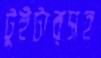
টুইটারসহ